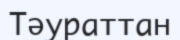
Тәураттан